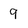
Character: 9